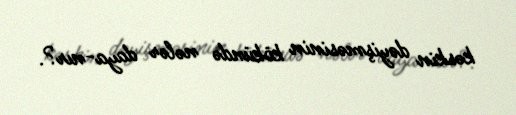
kəskin dəyişməsinin kökündə nələr daya­nır?.